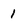
Character: 1